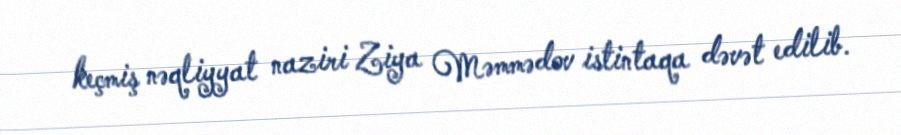
keçmiş nəqliyyat naziri Ziya Məmmədov istintaqa dəvət edilib.